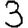
Digit: 3